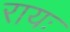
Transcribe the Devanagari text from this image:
रायः